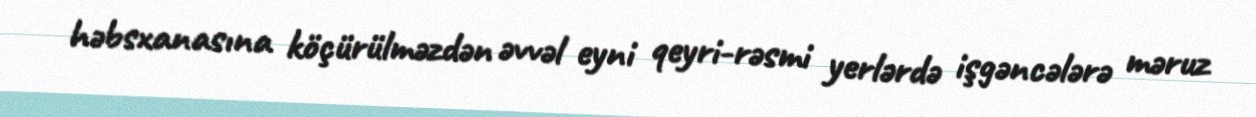
həbsxanasına köçürülməzdən əvvəl eyni qeyri-rəsmi yerlərdə işgəncələrə məruz